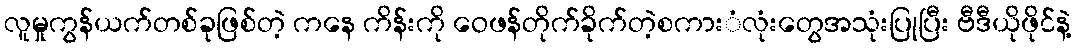
လူမှုကွန်ယက်တစ်ခုဖြစ်တဲ့ ကနေ ကိန်းကို ဝေဖန်တိုက်ခိုက်တဲ့စကားံလုံးတွေအသုံးပြုပြီး ဗီဒီယိုဖိုင်နဲ့